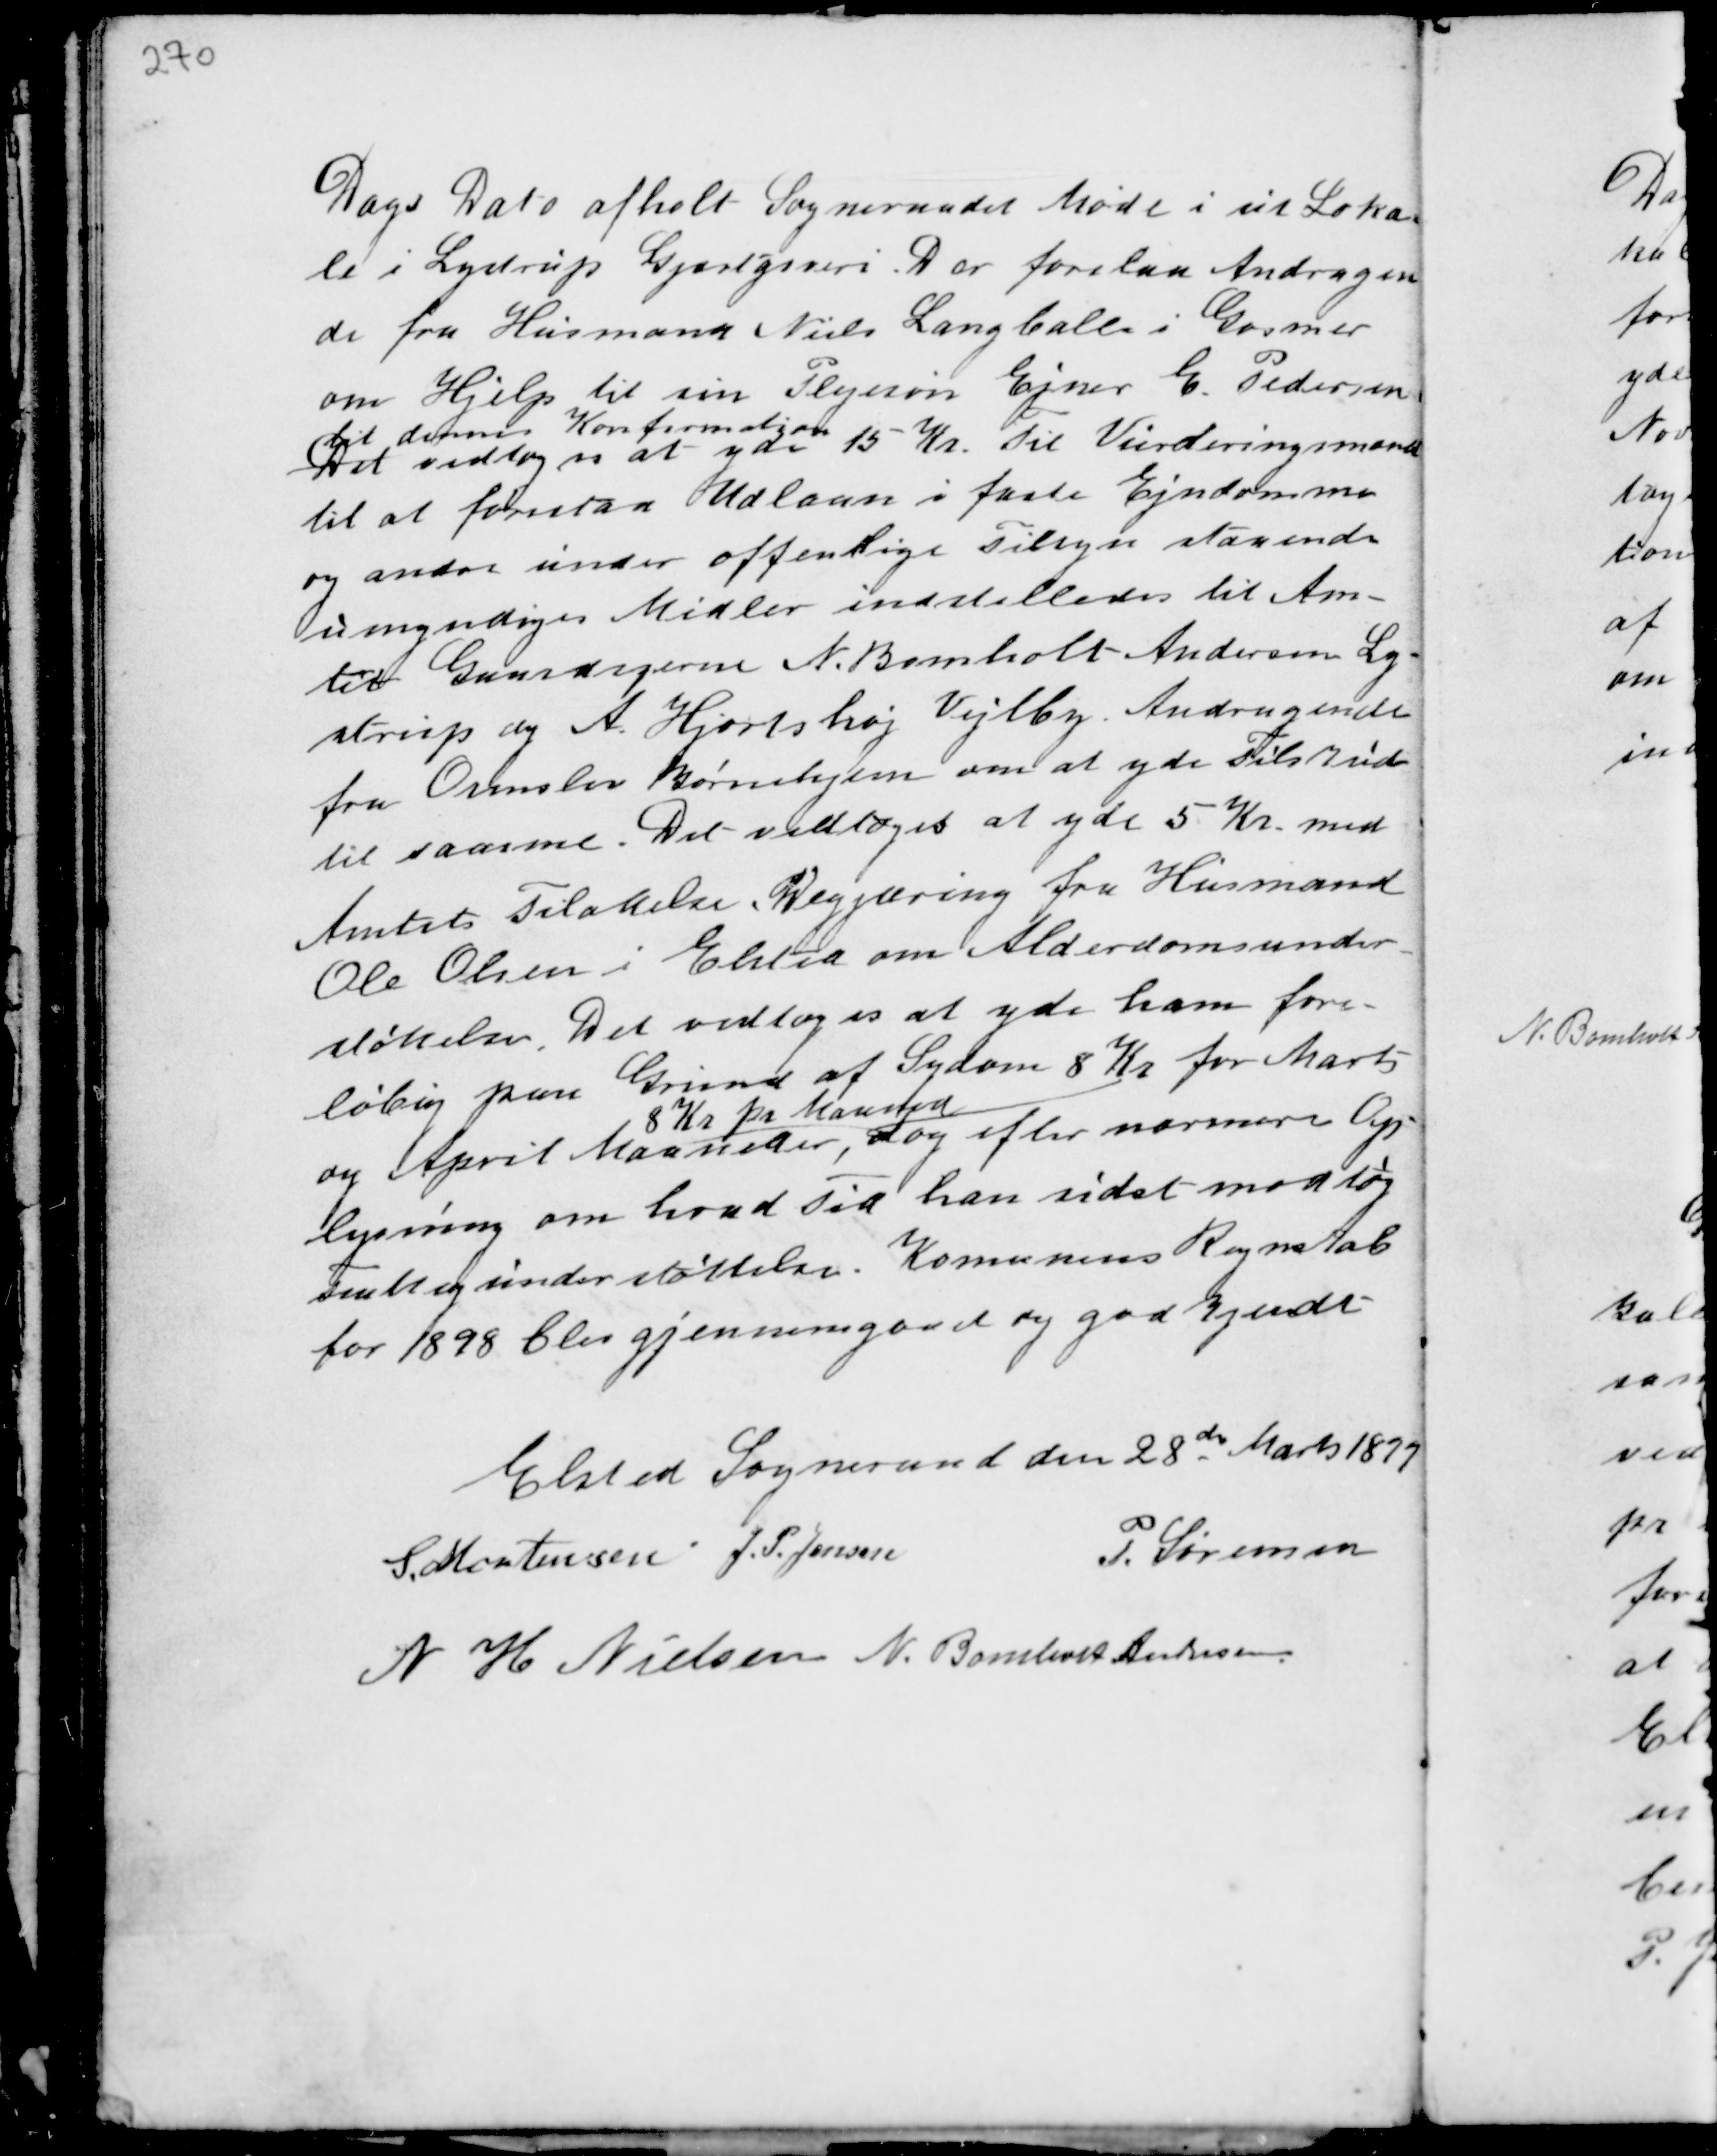
Transskription:
Dags Dato afholdt Sogneraadet Møde i sit Loka-
le i Lystrup Gjæstgiveri. Der forelaa Andragen-
de fra Husmand Niels Langballe i Gosmer
om Hjelp til sin Plejesøn Ejner E. Pedersen
til dennes Konfirmation
Det vedtoges at yde 15 Kr. til Vurderingsmand
til at forestaa Udlaan i faste Ejndomme
og andre under offentlige Tilsyn staaende
umyndiges Midler indstilledes til Am-
tet Gaardejerne N. Bomholt Andersen Ly-
strup og A. Hjortshøj Vejlby. Andragende
fra Ormslev Børnehjem om at yde Tilskud
til samme. Det vedtoges at yde 5 Kr. med
Amtets Tilladelse. Begjæring fra Husmand
Ole Olsen i Elsted om Alderdomsunder-
støttelse. Det vedtoges at yde ham fore-
løbig paa Grund af Sygdom 8 Kr. for Marts
og April Maaneder,
8 Kr. pr Maaned
dog efter nærmere Op-
lysning om hvad Tid han sidst modtog
Frattigunderstøttelse. Komunens Regnskab
for 1898 blev gjennemgaaet og godkjendt.

Elsted Sogneraad den 28de Marts 1899
S. Mortensen J.P. Jensen
P. Sørensen
N H Nielsen N. Bomholt Andersen